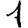
Digit: 1